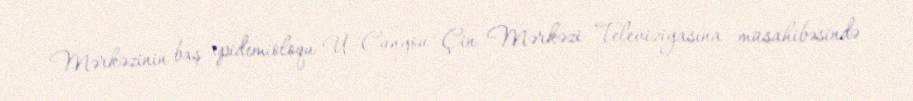
Mərkəzinin baş epidemioloqu U Cunyou Çin Mərkəzi Televiziyasına müsahibəsində